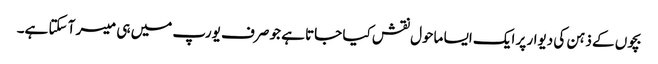
بچوں کے ذہن کی دیوار پر ایک ایسا ماحول نقش کیا جاتا ہے جو صرف یورپ میں ہی میسر آ سکتا ہے۔